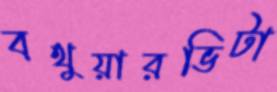
বথুয়ারভিটা